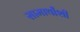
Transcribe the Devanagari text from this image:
सामार्थांशी